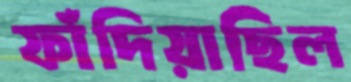
ফাঁদিয়াছিল